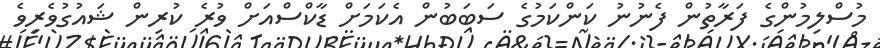
މުސްލިމުންގެ ފަރާތުން ފެނުނު ކަންކަމުގެ ސަބަބުން އެކަމަށް ޑާކްސްއަށް ވުރެ ކުރިން ޝައުގުވެރިވެ